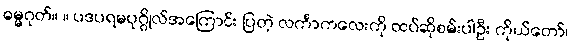
ဓမ္မဂုတ်။ ။ ပဒပရမပုဂ္ဂိုလ်အကြောင်း ပြတဲ့ လင်္ကာကလေးကို ထပ်ဆိုစမ်းပါဦး ကိုယ်တော်၊